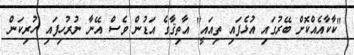
"ކާކާއެއްކޮށް ބޭރުގައި އުޅެފައި ތިއައީ" އާތިޤާގެ އަޑުން ވެސް އޭނާ ނުރުހިފައި ހުރިކަން